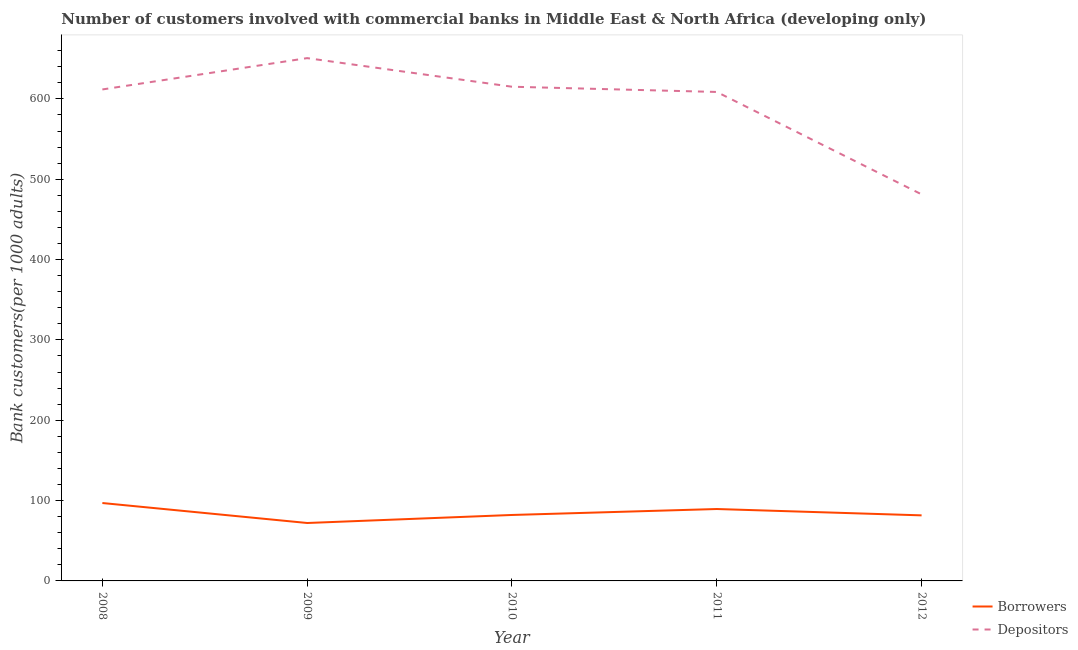
| Year | Borrowers | Depositors |
 | --- | --- | --- |
 | 2008 | 97 | 612 |
 | 2009 | 72.1 | 651 |
 | 2010 | 82.1 | 615 |
 | 2011 | 89.5 | 609 |
 | 2012 | 81.6 | 481 |